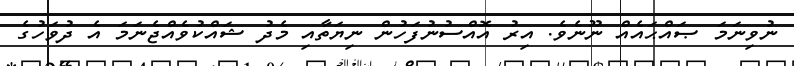
ނުވިނަމަ ޞައްޙައެއް ނޫނެވެ. އިރު އޮއްސުނުފަހުން ނިޔަތާއި މެދު ޝައްކުވެއްޖެނަމަ އެ ދުވަހުގެ